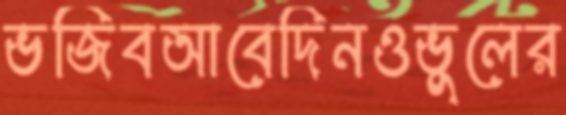
ভজিবআবেদিনওভুলের